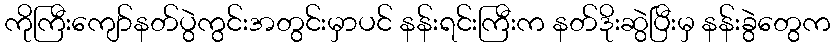
ကိုကြီးကျော်နတ်ပွဲကွင်းအတွင်းမှာပင် နန်းရင်းကြီးက နတ်ဒိုးဆွဲပြီးမှ နန်းခွဲတွေက